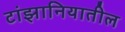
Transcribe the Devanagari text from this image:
टांझानियातील